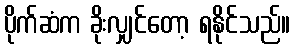
ပိုက်ဆံက ခိုးလျှင်တော့ ရနိုင်သည်။